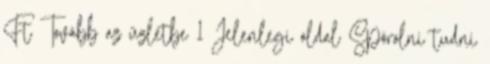
Ft Tovább az üzletbe 1 Jelenlegi oldal Spórolni tudni